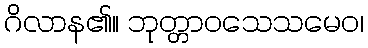
ဂိလာန၏။ ဘုတ္တာဝသေသမေဝ၊